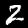
Digit: 2